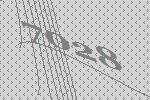
7028